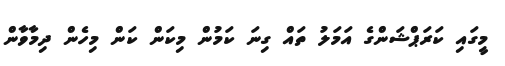
މީގައި ކަރަޕްޝަންގެ އަމަލު ތައް ގިނަ ކަމުން މިކަން ކަން މިހެން ދިމާވާން